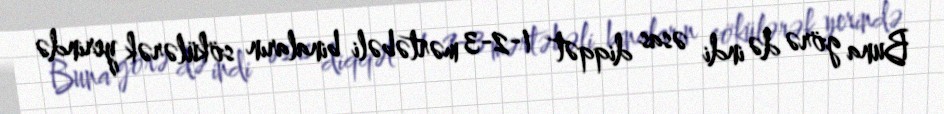
Buna görə də indi əsas diqqət 1-2-3 mərtəbəli binaların sökülərək yerində